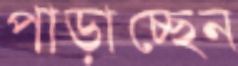
পাড়াচ্ছেন